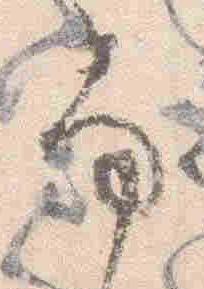
尚